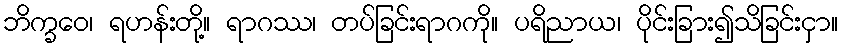
ဘိက္ခဝေ၊ ရဟန်းတို့။ ရာဂဿ၊ တပ်ခြင်းရာဂကို။ ပရိညာယ၊ ပိုင်းခြား၍သိခြင်းငှာ။